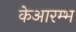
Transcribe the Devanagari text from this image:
केआरम्भ